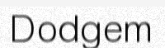
Dodgem